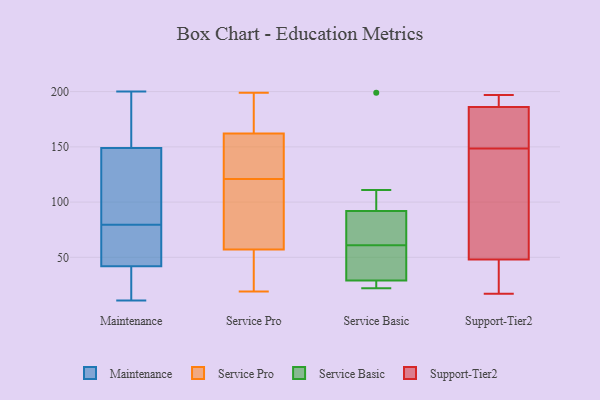
{"axis": {"x": "Headcount", "y": "Value"}, "legend": ["Maintenance", "Service Basic", "Service Pro", "Support-Tier2"], "data": [{"x": "", "y": 170, "type": "Maintenance"}, {"x": "", "y": 44, "type": "Maintenance"}, {"x": "", "y": 160, "type": "Maintenance"}, {"x": "", "y": 149, "type": "Maintenance"}, {"x": "", "y": 81, "type": "Maintenance"}, {"x": "", "y": 78, "type": "Maintenance"}, {"x": "", "y": 42, "type": "Maintenance"}, {"x": "", "y": 28, "type": "Maintenance"}, {"x": "", "y": 29, "type": "Maintenance"}, {"x": "", "y": 200, "type": "Maintenance"}, {"x": "", "y": 11, "type": "Maintenance"}, {"x": "", "y": 105, "type": "Maintenance"}, {"x": "", "y": 57, "type": "Maintenance"}, {"x": "", "y": 113, "type": "Maintenance"}, {"x": "", "y": 115, "type": "Service Pro"}, {"x": "", "y": 162, "type": "Service Pro"}, {"x": "", "y": 129, "type": "Service Pro"}, {"x": "", "y": 119, "type": "Service Pro"}, {"x": "", "y": 57, "type": "Service Pro"}, {"x": "", "y": 183, "type": "Service Pro"}, {"x": "", "y": 50, "type": "Service Pro"}, {"x": "", "y": 19, "type": "Service Pro"}, {"x": "", "y": 159, "type": "Service Pro"}, {"x": "", "y": 47, "type": "Service Pro"}, {"x": "", "y": 189, "type": "Service Pro"}, {"x": "", "y": 199, "type": "Service Pro"}, {"x": "", "y": 143, "type": "Service Pro"}, {"x": "", "y": 123, "type": "Service Pro"}, {"x": "", "y": 87, "type": "Service Pro"}, {"x": "", "y": 186, "type": "Service Pro"}, {"x": "", "y": 99, "type": "Service Pro"}, {"x": "", "y": 35, "type": "Service Pro"}, {"x": "", "y": 22, "type": "Service Basic"}, {"x": "", "y": 66, "type": "Service Basic"}, {"x": "", "y": 111, "type": "Service Basic"}, {"x": "", "y": 29, "type": "Service Basic"}, {"x": "", "y": 56, "type": "Service Basic"}, {"x": "", "y": 92, "type": "Service Basic"}, {"x": "", "y": 199, "type": "Service Basic"}, {"x": "", "y": 26, "type": "Service Basic"}, {"x": "", "y": 30, "type": "Service Basic"}, {"x": "", "y": 75, "type": "Service Basic"}, {"x": "", "y": 45, "type": "Service Basic"}, {"x": "", "y": 71, "type": "Service Basic"}, {"x": "", "y": 107, "type": "Service Basic"}, {"x": "", "y": 23, "type": "Service Basic"}, {"x": "", "y": 193, "type": "Support-Tier2"}, {"x": "", "y": 196, "type": "Support-Tier2"}, {"x": "", "y": 42, "type": "Support-Tier2"}, {"x": "", "y": 162, "type": "Support-Tier2"}, {"x": "", "y": 98, "type": "Support-Tier2"}, {"x": "", "y": 166, "type": "Support-Tier2"}, {"x": "", "y": 135, "type": "Support-Tier2"}, {"x": "", "y": 48, "type": "Support-Tier2"}, {"x": "", "y": 186, "type": "Support-Tier2"}, {"x": "", "y": 192, "type": "Support-Tier2"}, {"x": "", "y": 75, "type": "Support-Tier2"}, {"x": "", "y": 185, "type": "Support-Tier2"}, {"x": "", "y": 95, "type": "Support-Tier2"}, {"x": "", "y": 23, "type": "Support-Tier2"}, {"x": "", "y": 18, "type": "Support-Tier2"}, {"x": "", "y": 172, "type": "Support-Tier2"}, {"x": "", "y": 197, "type": "Support-Tier2"}, {"x": "", "y": 17, "type": "Support-Tier2"}]}